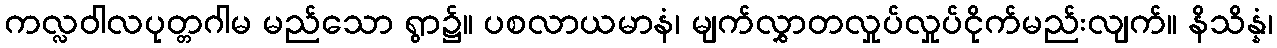
ကလ္လဝါလပုတ္တဂါမ မည်သော ရွာ၌။ ပစလာယမာနံ၊ မျက်လွှာတလှုပ်လှုပ်ငိုက်မည်းလျက်။ နိသိန္နံ၊